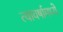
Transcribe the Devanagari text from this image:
त्यावर्षामध्ये